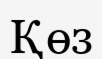
Қөз